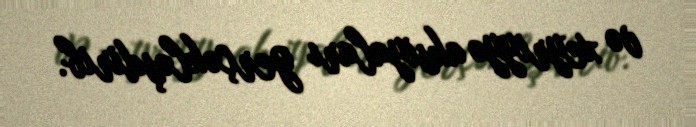
və xeyriyyə aksiyaları gerçəkləşdirib.